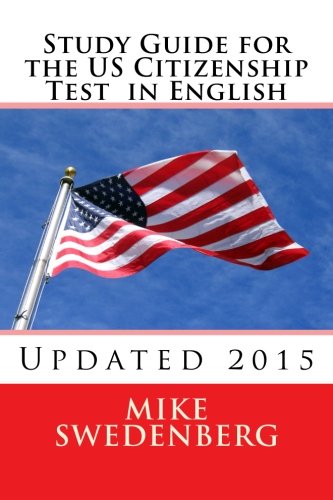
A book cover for Study Guide for the US Citizenship Test in English: Updated 2015 (Study Guide for the US Citizenship Test Annotated); Mike Swedenberg; Test Preparation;